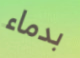
بدماء